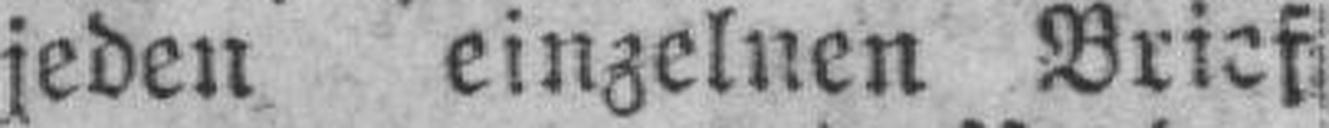
jeden einzelnen Brief